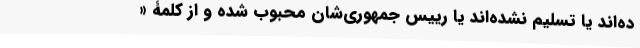
ده‌اند یا تسلیم نشده‌اند یا رییس جمهوری‌شان محبوب شده و از کلمۀ «